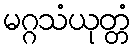
မဂ္ဂသံယုတ္တံ